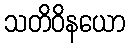
သတိဝိနယော